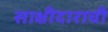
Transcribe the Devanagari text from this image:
साक्षीदाराची